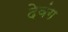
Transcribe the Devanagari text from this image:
देवंग